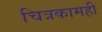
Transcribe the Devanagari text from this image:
चित्रकामही